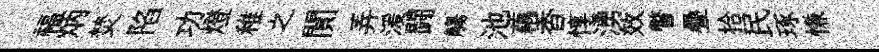
福炳焚陷功燈稚之閴弄湲闘觴池藕香惇湧效瞥疊拾民琢慊